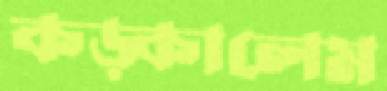
কড়্‌কালেম